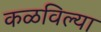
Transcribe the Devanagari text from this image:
कळविल्या